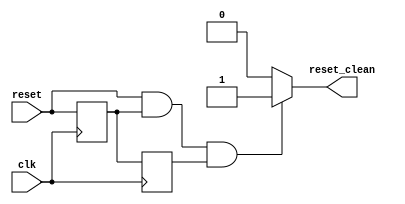
module sync_reset_module(input reset, input clk, output reset_clean);
    reg temp, reset_sync;

    //Sync
    always @(posedge clk) begin
        temp <= reset;
    end

    always @(posedge clk) begin
        reset_sync <= temp;
    end
    //End Sync

    assign reset_clean = (reset && temp && reset_sync) ? 1'b1 : 1'b0;

endmodule